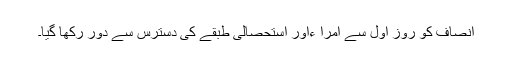
انصاف کو روز اوّل سے امرا ءاور استحصالی طبقے کی دسترس سے دور رکھا گیا۔